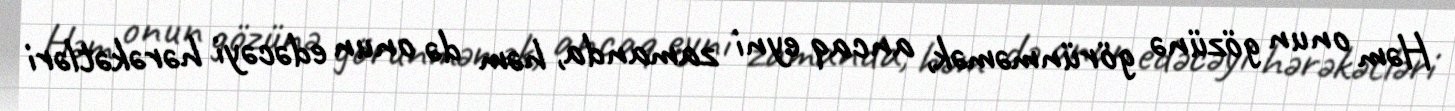
Həm onun gözünə görünməmək, ancaq eyni zamanda, həm də onun edəcəyi hərəkətləri